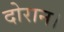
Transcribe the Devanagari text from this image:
दोरान।